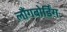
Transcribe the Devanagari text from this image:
लौंगबोर्डिंग